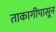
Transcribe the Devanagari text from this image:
ताकागीपासून